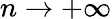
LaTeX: n\to+\infty